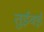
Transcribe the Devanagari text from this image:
तुईवई